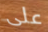
على